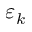
\varepsilon _ { k }